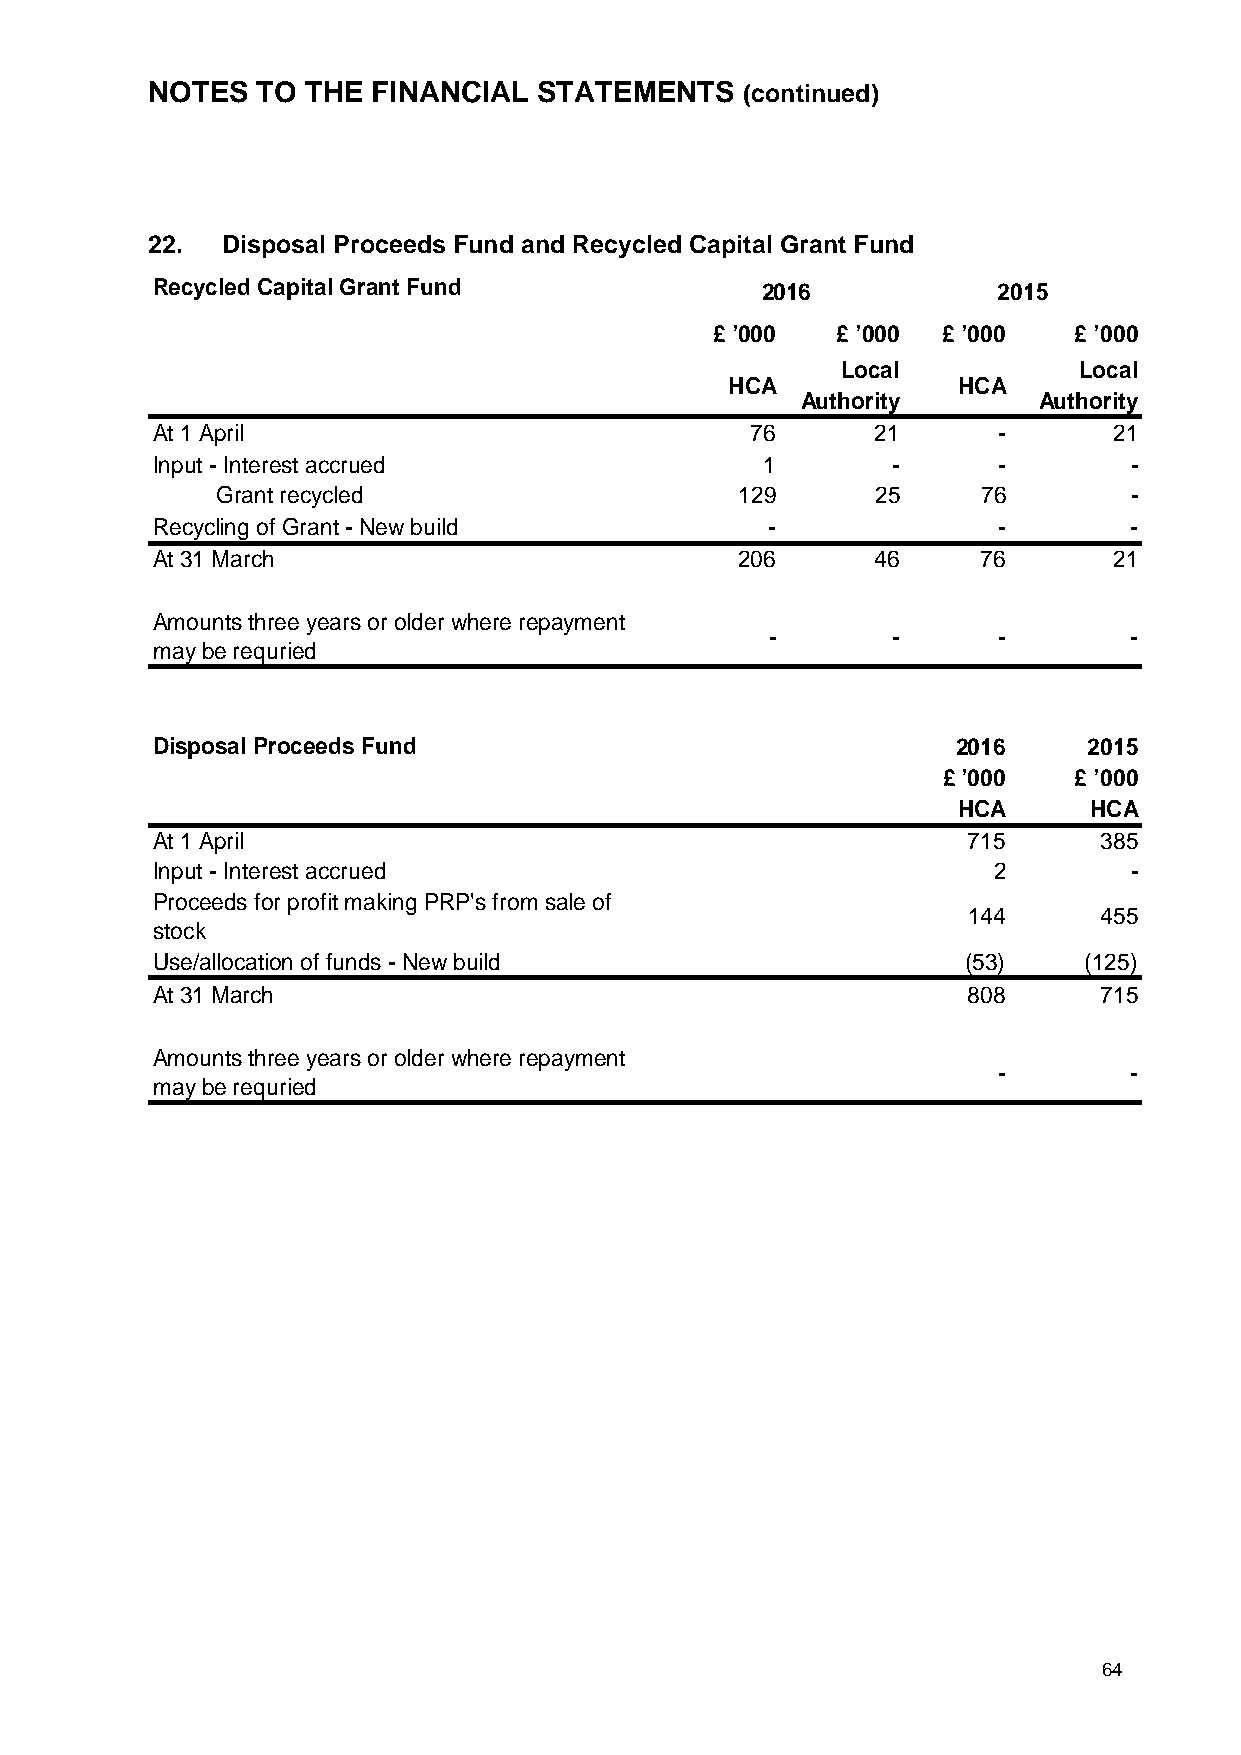
NOTES  TO THE  FINANCIAL  STATEMENTS   (continued)
 22.  Disposal Proceeds Fund and Recycled Capital Grant Fund
 Recycled Capital Grant Fund             2016            2015
 £ ’000  £ ’000 £ ’000   £ ’000
 Local          Local
 HCA            HCA
 Authority       Authority
 At 1 April                              76      21      -       21
 Input - Interest accrued                 1       -      -        -
 Grant recycled                     129      25     76        -
 Recycling of Grant - New build           -              -        -
 At 31 March                            206      46     76       21
 Amounts three years or older where repayment
 -       -      -        -
 may be requried
 Disposal Proceeds Fund                               2016     2015
 £ ’000   £ ’000
 HCA      HCA
 At 1 April                                            715      385
 Input - Interest accrued                                2        -
 Proceeds for profit making PRP's from sale of
 144      455
 stock
 Use/allocation of funds - New build                   (53)    (125)
 At 31 March                                           808      715
 Amounts three years or older where repayment
 -        -
 may be requried
 64